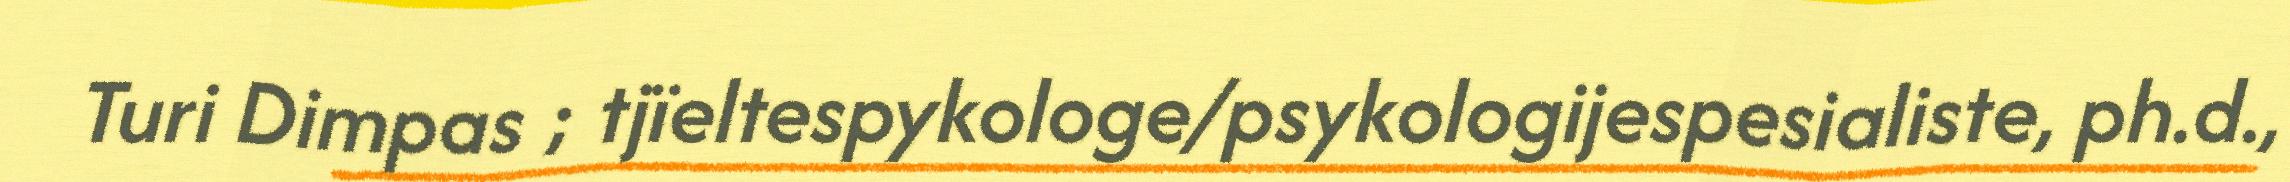
Turi Dimpas ; tjïeltespykologe/psykologijespesialiste, ph.d.,